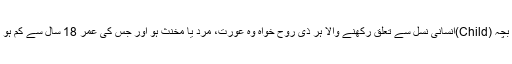
انسانی سمگلنگ کی اقسام (1) بچہ (Child)انسانی نسل سے تعلق رکھنے والا ہر ذی روح خواہ وہ عورت، مرد یا مخنث ہو اور جس کی عمر 18 سال سے کم ہو اسے بچہ تصور کیا جائے گا۔